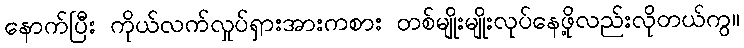
နောက်ပြီး ကိုယ်လက်လှုပ်ရှားအားကစား တစ်မျိုးမျိုးလုပ်နေဖို့လည်းလိုတယ်ကွ။